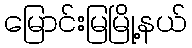
မြောင်းမြမြို့နယ်